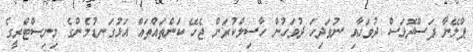
ޕްލޭނާ ފަސްދޮޅަސް ދުވަހާއި ނުވަދިހަ ދުވަހުން ހާސިލްކުރަން ޖެހޭ ކަންތައްތައް އަޅުގަނޑުމެންގެ މިނިސްޓްރީގެ